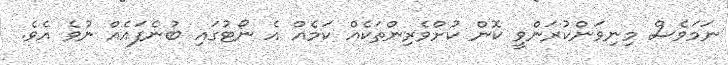
ނަމަވެސް މިނިވަންކުރަންވީ ކޮން ކުށްވެރިންތަކެއް ކަމެއް އެ ނޯޓުގައި ބުނެފައެއް ނުވެ އެވެ.